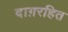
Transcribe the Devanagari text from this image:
दाग़रहित